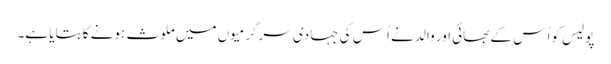
پولیس کو اُس کے بھائی اور والد نے اُس کی جہادی سرگرمیوں میں ملوث ہونے کا بتایا ہے۔